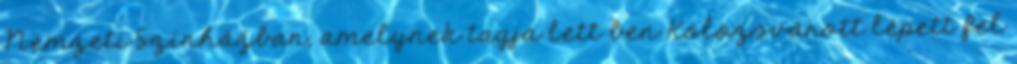
Nemzeti Színházban, amelynek tagja lett ben Kolozsvárott lépett fel